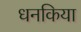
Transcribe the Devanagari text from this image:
धनकिया